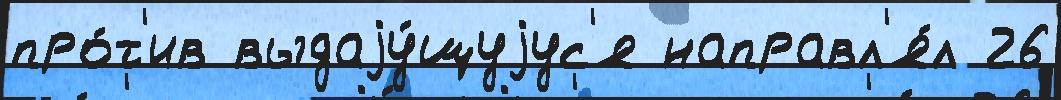
про́т'ив выдаjу́щуjус'я направл'я́л 26